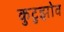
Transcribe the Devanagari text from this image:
कुटुझोव